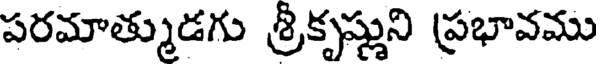
పరమాత్ముడగు శ్రీకృష్ణుని ప్రభావము